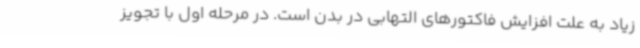
زیاد به علت افزایش فاکتورهای التهابی در بدن است. در مرحله اول با تجویز